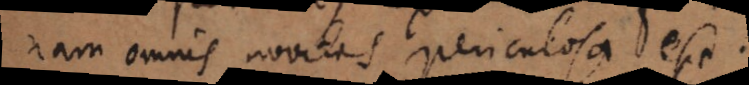
nam omnis novitas periculosa e